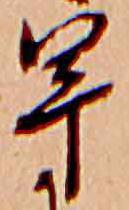
早